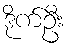
ဒိုက်ဦး